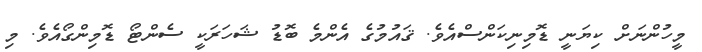
މީހުންނަށް ކިޔަނީ ޑޮމިނިކަންސްއެވެ. ޤައުމުގެ އެންމެ ބޮޑު ޝަހަރަކީ ސެންޓޯ ޑޮމިންގޯއެވެ. މި